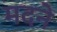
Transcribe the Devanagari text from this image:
मदने